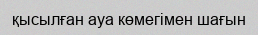
қысылған ауа көмегімен шағын